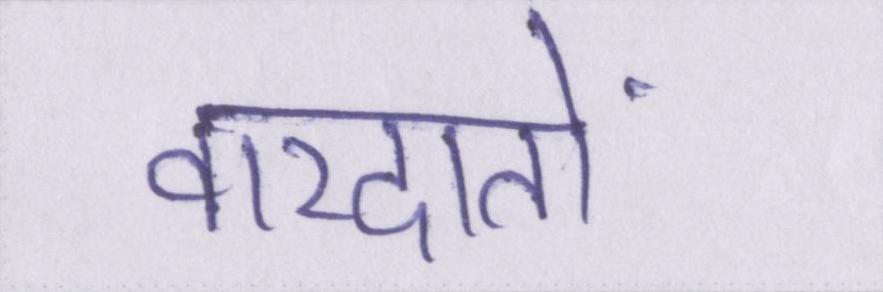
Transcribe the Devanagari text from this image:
वारदातों